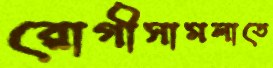
রোগীসামলাতে